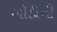
બૉડીની